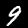
Digit: 9